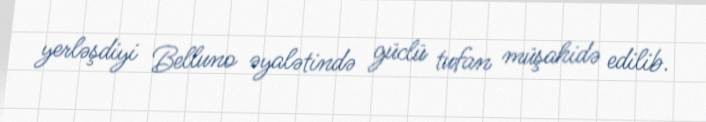
yerləşdiyi Belluno əyalətində güclü tufan müşahidə edilib.